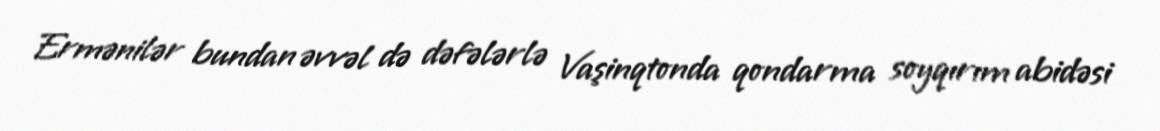
Ermənilər bundan əvvəl də dəfələrlə Vaşinqtonda qondarma soyqırım abidəsi